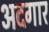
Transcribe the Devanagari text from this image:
अदगार